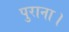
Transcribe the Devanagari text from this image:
पुराना।